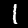
Digit: 1